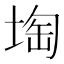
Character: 𡍒